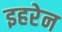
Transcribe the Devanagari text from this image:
इहरेन